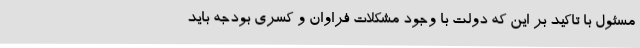
مسئول با تاکید بر این که دولت با وجود مشکلات فراوان و کسری بودجه باید